Code of medical and sanitary regulations for the guidance of medical officers serving in the Madras Presidency - Volume I
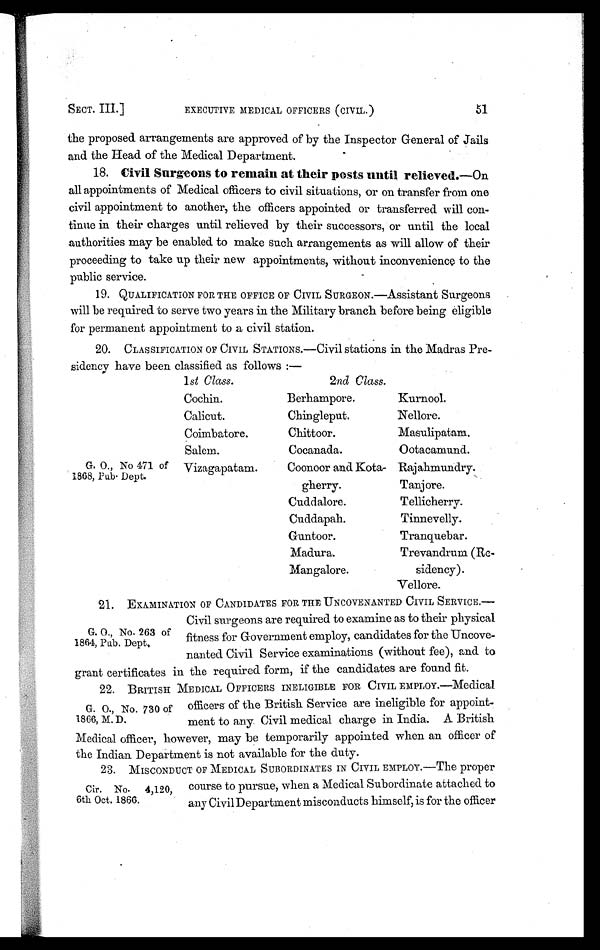
SECT. III.]
EXECUTIVE MEDICAL OFFICERS (CIVIL.)
51
the proposed arrangements are approved of by the Inspector General of Jails
and the Head of the Medical Department.
18. Civil Surgeons to remain at their posts until relieved .—On
all appointments of Medical officers to civil situations, or on transfer from one
civil appointment to another, the officers appointed or transferred will con
tinue in their charges until relieved by their successors, or until the local
authorities may be enabled to make such arrangements as will allow of their
proceeding to take up their new appointments, without inconvenience to the
public service.
19. QUALIFICATION FOR THE OFFICE OF CIVIL SURGEON.—Assistant Surgeons
will be required to serve two years in the Military branch before being eligible
for permanent appointment to a civil station.
20. CLASSIFICATION OF CIVIL STATIONS.—Civil stations in the Madras Pre-
sidency have been classified as follows :—
G. O., No 471 of
1868, Pub. Dept.
1st Class.
2nd Class.
Cochin.
Berhampore.
Kurnool.
Calicut.
Chingleput.
Nellore.
Coimbatore.
Chittoor.
Masulipatam.
Salem.
Cocanada.
Ootacamund.
Vizagapatam.
Coonoor and Kota
gherry.
Rajahmundry.
Tanjore.
Cuddalore.
Tellicherry.
Cuddapah.
Tinnevelly.
Guntoor.
Tranquebar.
Madura.
Trevandrum (Re
sidency).
Mangalore.
Vellore.
21. EXAMINATION OF CANDIDATES FOR THE UNCOVENANTED CIVIL SERVICE.—
Civil surgeons are required to examine as to their physical
fitness for Government employ, candidates for the Uncove-
nanted Civil Service examinations (without fee), and to
grant certificates in the required form, if the candidates are found fit.
22. BRITISH MEDICAL OFFICERS INELIGIBLE FOR CIVIL EMPLOY.—Medical
officers of the British Service are ineligible for appoint
ment to any Civil medical charge in India. A British
Medical officer, however, may be temporarily appointed when an officer of
the Indian Department is not available for the duty.
23. MISCONDUCT OF MEDICAL SUBORDINATES IN CIVIL EMPLOY.—The proper
course to pursue, when a Medical Subordinate attached to
any Civil Department misconducts himself, is for the officer
G. O., No. 263 of
1864, Pub. Dept.
G. O., No. 730 of
1866, M. D.
Cir. No. 4,120,
6th Oct. 1866.